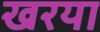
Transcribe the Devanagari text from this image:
खरया